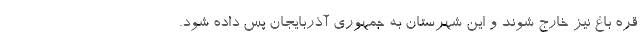
قره باغ نیز خارج شوند و این شهرستان به جمهوری آذربایجان پس داده شود.